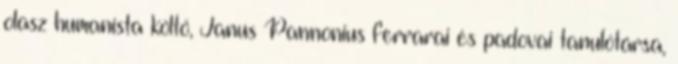
olasz humanista költő, Janus Pannonius ferrarai és padovai tanulótársa,